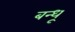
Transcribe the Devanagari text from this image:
बन्धू